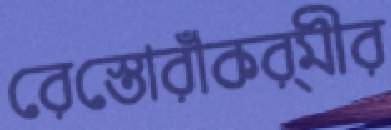
রেস্তোরাঁকর্মীর